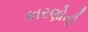
કારણોની